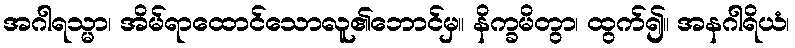
အဂါရသ္မာ၊ အိမ်ရာထောင်သောလူ၏ဘောင်မှ။ နိက္ခမိတွာ၊ ထွက်၍။ အနဂါရိယံ၊